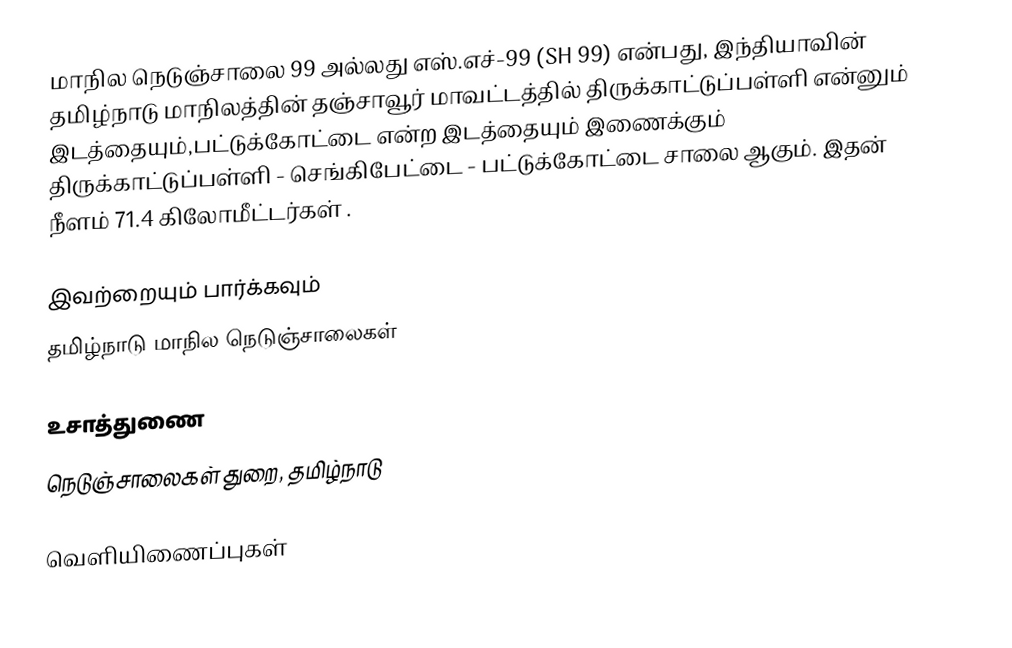
மாநில நெடுஞ்சாலை 99 அல்லது எஸ்.எச்-99 (SH 99) என்பது, இந்தியாவின் தமிழ்நாடு மாநிலத்தின் தஞ்சாவூர் மாவட்டத்தில் திருக்காட்டுப்பள்ளி என்னும் இடத்தையும்,பட்டுக்கோட்டை என்ற இடத்தையும் இணைக்கும் திருக்காட்டுப்பள்ளி - செங்கிபேட்டை - பட்டுக்கோட்டை சாலை ஆகும். இதன் நீளம் 71.4  கிலோமீட்டர்கள் .

இவற்றையும் பார்க்கவும்
 தமிழ்நாடு மாநில நெடுஞ்சாலைகள்

உசாத்துணை
 நெடுஞ்சாலைகள் துறை, தமிழ்நாடு

வெளியிணைப்புகள்